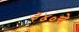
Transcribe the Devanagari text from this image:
३४०चे